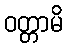
ဝတ္တာမိ